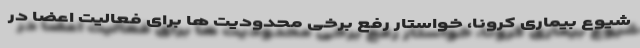
شیوع بیماری کرونا، خواستار رفع برخی محدودیت ها برای فعالیت اعضا در